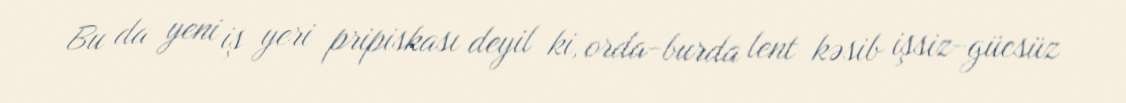
Bu da yeni iş yeri pripiskası deyil ki, orda-burda lent kəsib işsiz-gücsüz